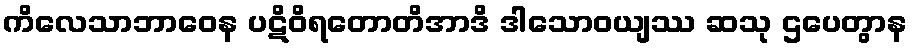
ကိလေသာဘာဝေန ပဋိဝိရတောတိအာဒိ ဒါသောဝယျဿ ဆသု ဌပေတွာန